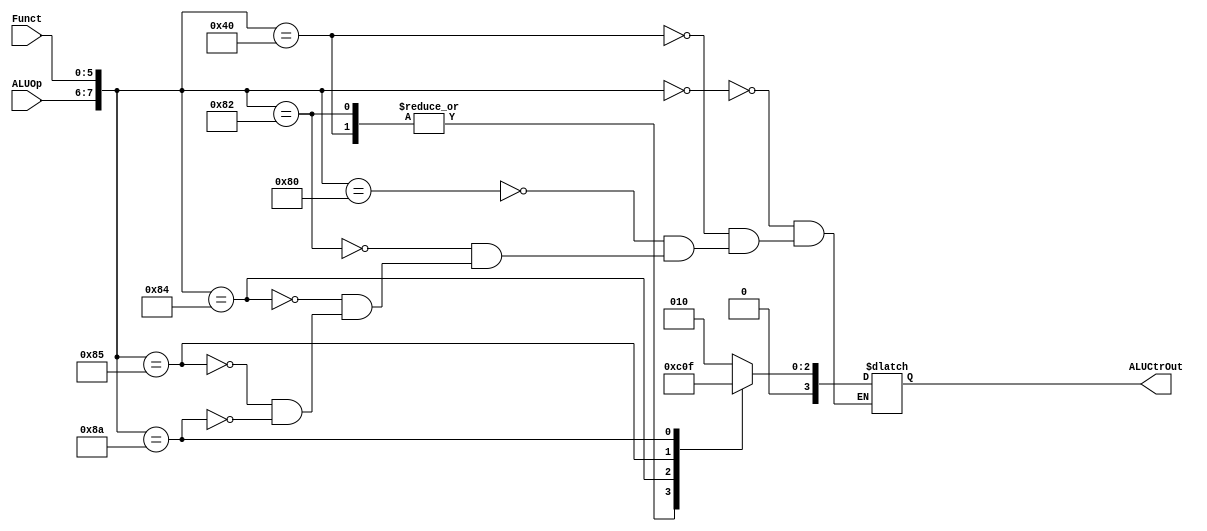
`timescale 1ns / 1ps
//////////////////////////////////////////////////////////////////////////////////
// Company: 
// Engineer: 
// 
// Design Name: 
// Module Name: ALUCtr
// Project Name: 
// Target Devices: 
// Tool Versions: 
// Description: 
// 
// Dependencies: 
// 
// Revision:
// Revision 0.01 - File Created
// Additional Comments:
// 
//////////////////////////////////////////////////////////////////////////////////


module ALUCtr(
    input [1:0] ALUOp,
    input [5:0] Funct,
    output reg [3:0] ALUCtrOut
    );
    
    always @(ALUOp, Funct)
    begin
        casex({ALUOp,Funct})
            8'b00000000:ALUCtrOut=4'b0010;
            8'b01000000:ALUCtrOut=4'b0110;
            8'b10000000:ALUCtrOut=4'b0010;
            8'b10000010:ALUCtrOut=4'b0110;
            8'b10000100:ALUCtrOut=4'b0000;
            8'b10000101:ALUCtrOut=4'b0001;
            8'b10001010:ALUCtrOut=4'b0111;
        endcase
    end
endmodule